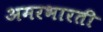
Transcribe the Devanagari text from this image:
अमरभारती